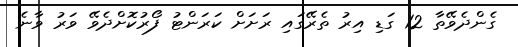
ގެންދެވޭތާ 12 ގަޑި އިރު ތެރޭގައި ރަށަށް ކަރަންޓު ފޯރުކޮށްދެވޭ ވަރު ވާނެ